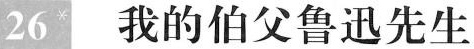
26我的伯父鲁迅先生